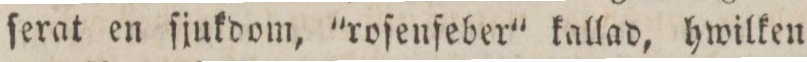
ſerat en ſjukdom, 'roſenſeber' kallad, hwilken